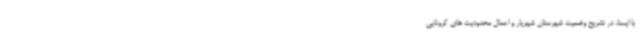
با ایسنا، در تشریح وضعیت شهرستان شهریار و اعمال محدودیت های کرونایی